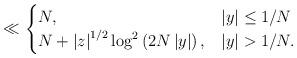
LaTeX: \begin{align*}\ll\begin{cases}N, & \left|y\right|\leq1/N\\N+\left|z\right|^{1/2}\log^{2}\left(2N\left|y\right|\right), & \left|y\right|>1/N.\end{cases}\end{align*}